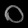
Digit: ၀